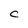
Character: C